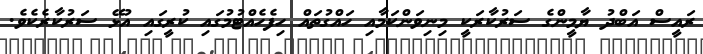
ރައީސް އަބްދު ޔާމީންގެ ސަރުކާރަކީ މިނިވަންކަމާއި ހައްގުތައް ހިފެހެއްޓުމުގައި ކުރީގައި އުޅޭ ސަރުކާރެކެވެ.